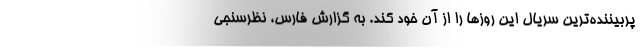
پربیننده‌ترین سریال این روزها را از آن خود کند. به گزارش فارس، نظرسنجی